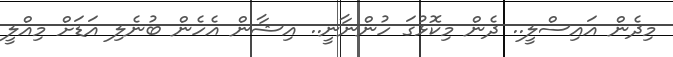
މިދެން އައިސްލީ.. ދެން މިކޮޅުގަ ހުންނާނީ.. އިޝާން އެހެން ބުނެލި އަޑަށް މިއްލީ